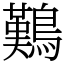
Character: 𪄿